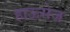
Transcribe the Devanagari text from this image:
हाऊसेज